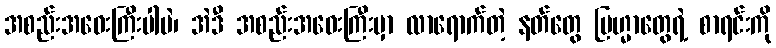
အစည်းအဝေးကြီးပါပဲ၊ အဲဒီ အစည်းအဝေးကြီးမှာ လာရောက်တဲ့ နတ်တွေ ဗြဟ္မာတွေရဲ့ စာရင်းကို